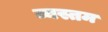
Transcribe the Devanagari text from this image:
व्यस्तम